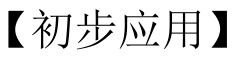
【初步应用】